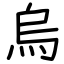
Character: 烏